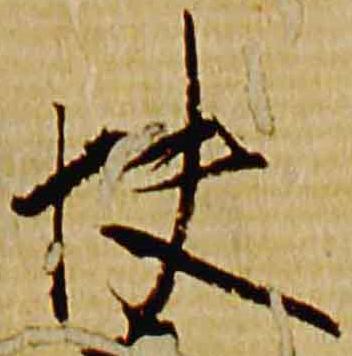
快